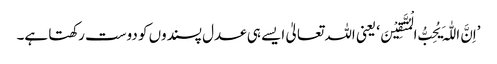
’اِنَّ اللّٰہَ یُحِبُّ الْمُتَّقِیْنَ‘ یعنی اللہ تعالیٰ ایسے ہی عدل پسندوں کو دوست رکھتا ہے۔